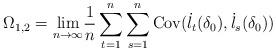
LaTeX: \begin{align*}\Omega_{1,2}=\underset{n\to \infty}\lim \frac{1}{n}\sum_{t=1}^{n}\sum_{s=1}^{n} \mathrm{Cov} (\dot{l}_{t}(\delta_0), \dot{l}_{s}(\delta_0))\end{align*}